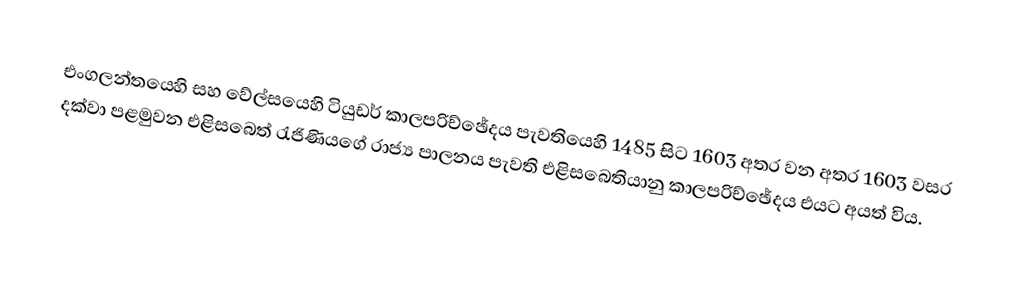
එංගලන්තයෙහි සහ වේල්සයෙහි  ටියුඩර් කාලපරිච්ඡේදය පැවතියෙහි 1485 සිට 1603 අතර වන අතර 1603 වසර දක්වා පළමුවන එළිසබෙත් රැජිණියගේ රාජ්‍ය පාලනය පැවති එළිසබෙතියානු කාලපරිච්ඡේදය එයට අයත් විය.